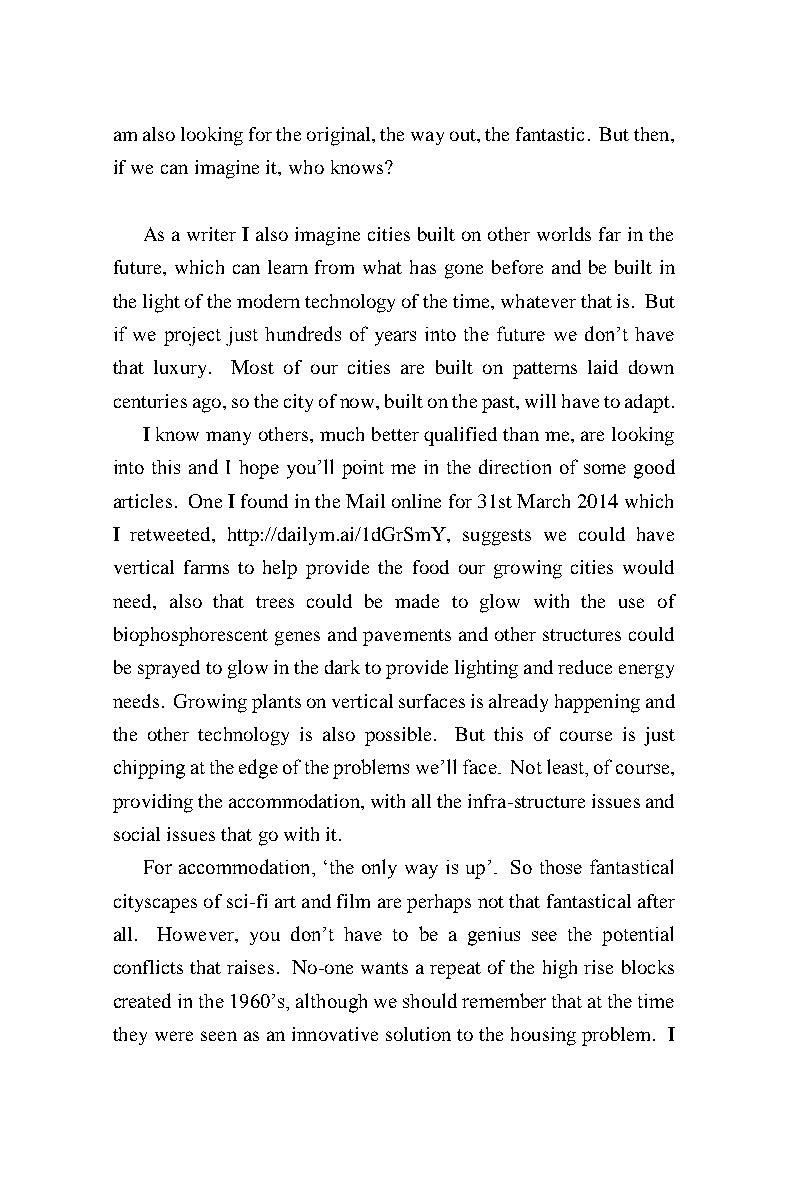
am also looking for the original, the way out, the fantastic. But then,
 if we can imagine it, who knows?
 As a writer I also imagine cities built on other worlds far in the
 future, which can learn from what has gone before and be built in
 the light of the modern technology of the time, whatever that is. But
 if we project just hundreds of years into the future we don’t have
 that luxury. Most of our cities are built on patterns laid down
 centuries ago, so the city of now, built on the past, will have to adapt.
 I know many others, much better qualified than me, are looking
 into this and I hope you’ll point me in the direction of some good
 articles. One I found in the Mail online for 31st March 2014 which
 I retweeted, http://dailym.ai/1dGrSmY, suggests we could have
 vertical farms to help provide the food our growing cities would
 need, also that trees could be made to glow with the use of
 biophosphorescent genes and pavements and other structures could
 be sprayed to glow in the dark to provide lighting and reduce energy
 needs. Growing plants on vertical surfaces is already happening and
 the other technology is also possible. But this of course is just
 chipping at the edge of the problems we’ll face. Not least, of course,
 providing the accommodation, with all the infra-structure issues and
 social issues that go with it.
 For accommodation, ‘the only way is up’. So those fantastical
 cityscapes of sci-fi art and film are perhaps not that fantastical after
 all. However, you don’t have to be a genius see the potential
 conflicts that raises. No-one wants a repeat of the high rise blocks
 created in the 1960’s, although we should remember that at the time
 they were seen as an innovative solution to the housing problem. I